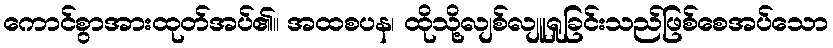
ကောင်စွာအားထုတ်အပ်၏။ အထစပန၊ ထိုသို့လျစ်လျူရှုခြင်းသည်ဖြစ်စေအပ်သော